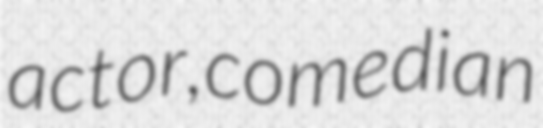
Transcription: actor, comedian